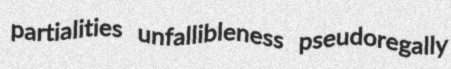
partialities unfallibleness pseudoregally